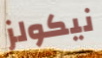
نيكولز